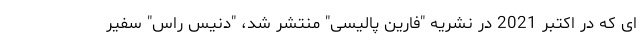
ای که در اکتبر 2021 در نشریه "فارین پالیسی" منتشر شد، "دنیس راس" سفیر